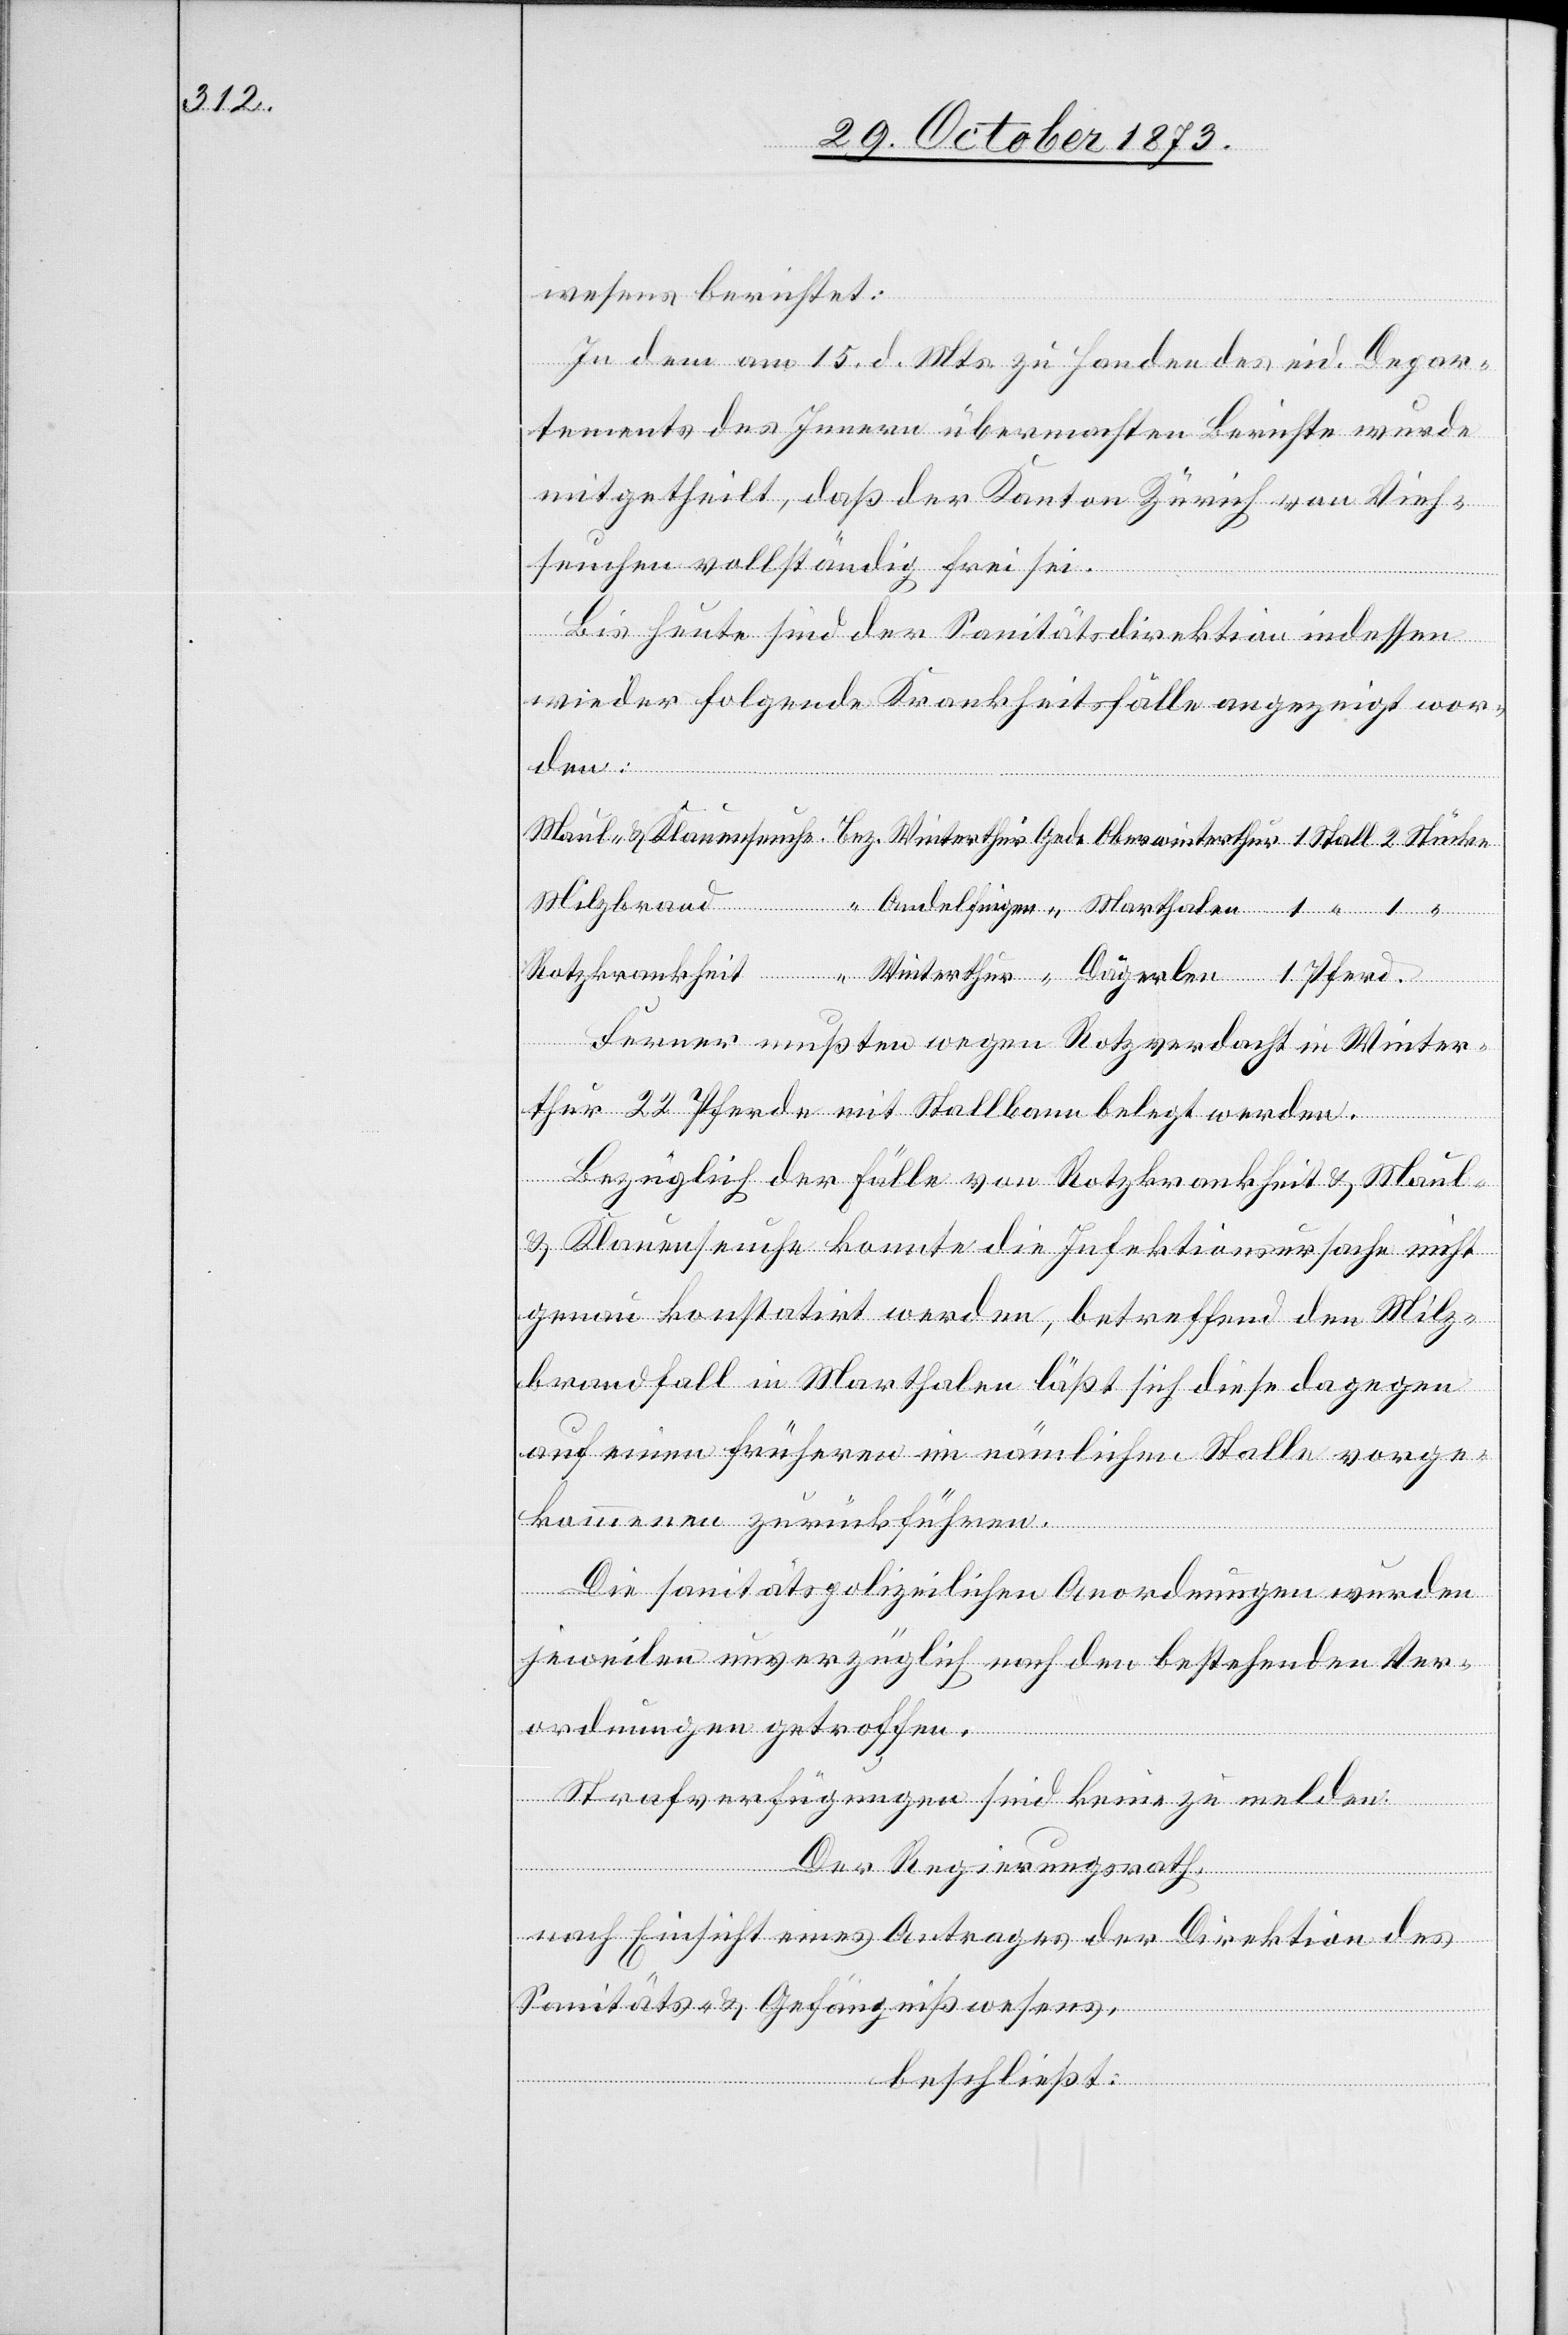
wesens berichtet:
In dem am 15. d. Mts. zu Handen des eid. Depar¬
tements des Innern übermachten Berichte wurde
mitgetheilt, daß der Kanton Zürich von Vieh¬
seuchen vollständig frei sei.
Bis heute sind der Sanitätsdirektion indessen
wieder folgende Krankheitsfälle angezeigt wor¬
den:
Ferner mußten wegen Rotzverdacht in Winter¬
thur 22 Pferde mit Stallbann belegt werden.
Bezüglich der Fälle von Rotzkrankheit & Maul-
& Klauenseuche konnte die Infektionsursache nicht
genau konstatirt werden, betreffend den Milz¬
brandfall in Marthalen läßt sich diese dagegen
auf einen früheren im nämlichen Stalle vorge¬
kommenen zurückführen.
Die sanitätspolizeilichen Anordnungen wurden
jeweilen unverzüglich nach den bestehenden Ver¬
ordnungen getroffen.
Strafverfügungen sind keine zu melden.
Der Regierungsrath,
nach Einsicht eines Antrages der Direktion des
1
Sanitäts- & Gefängnißwesens,
beschließt: